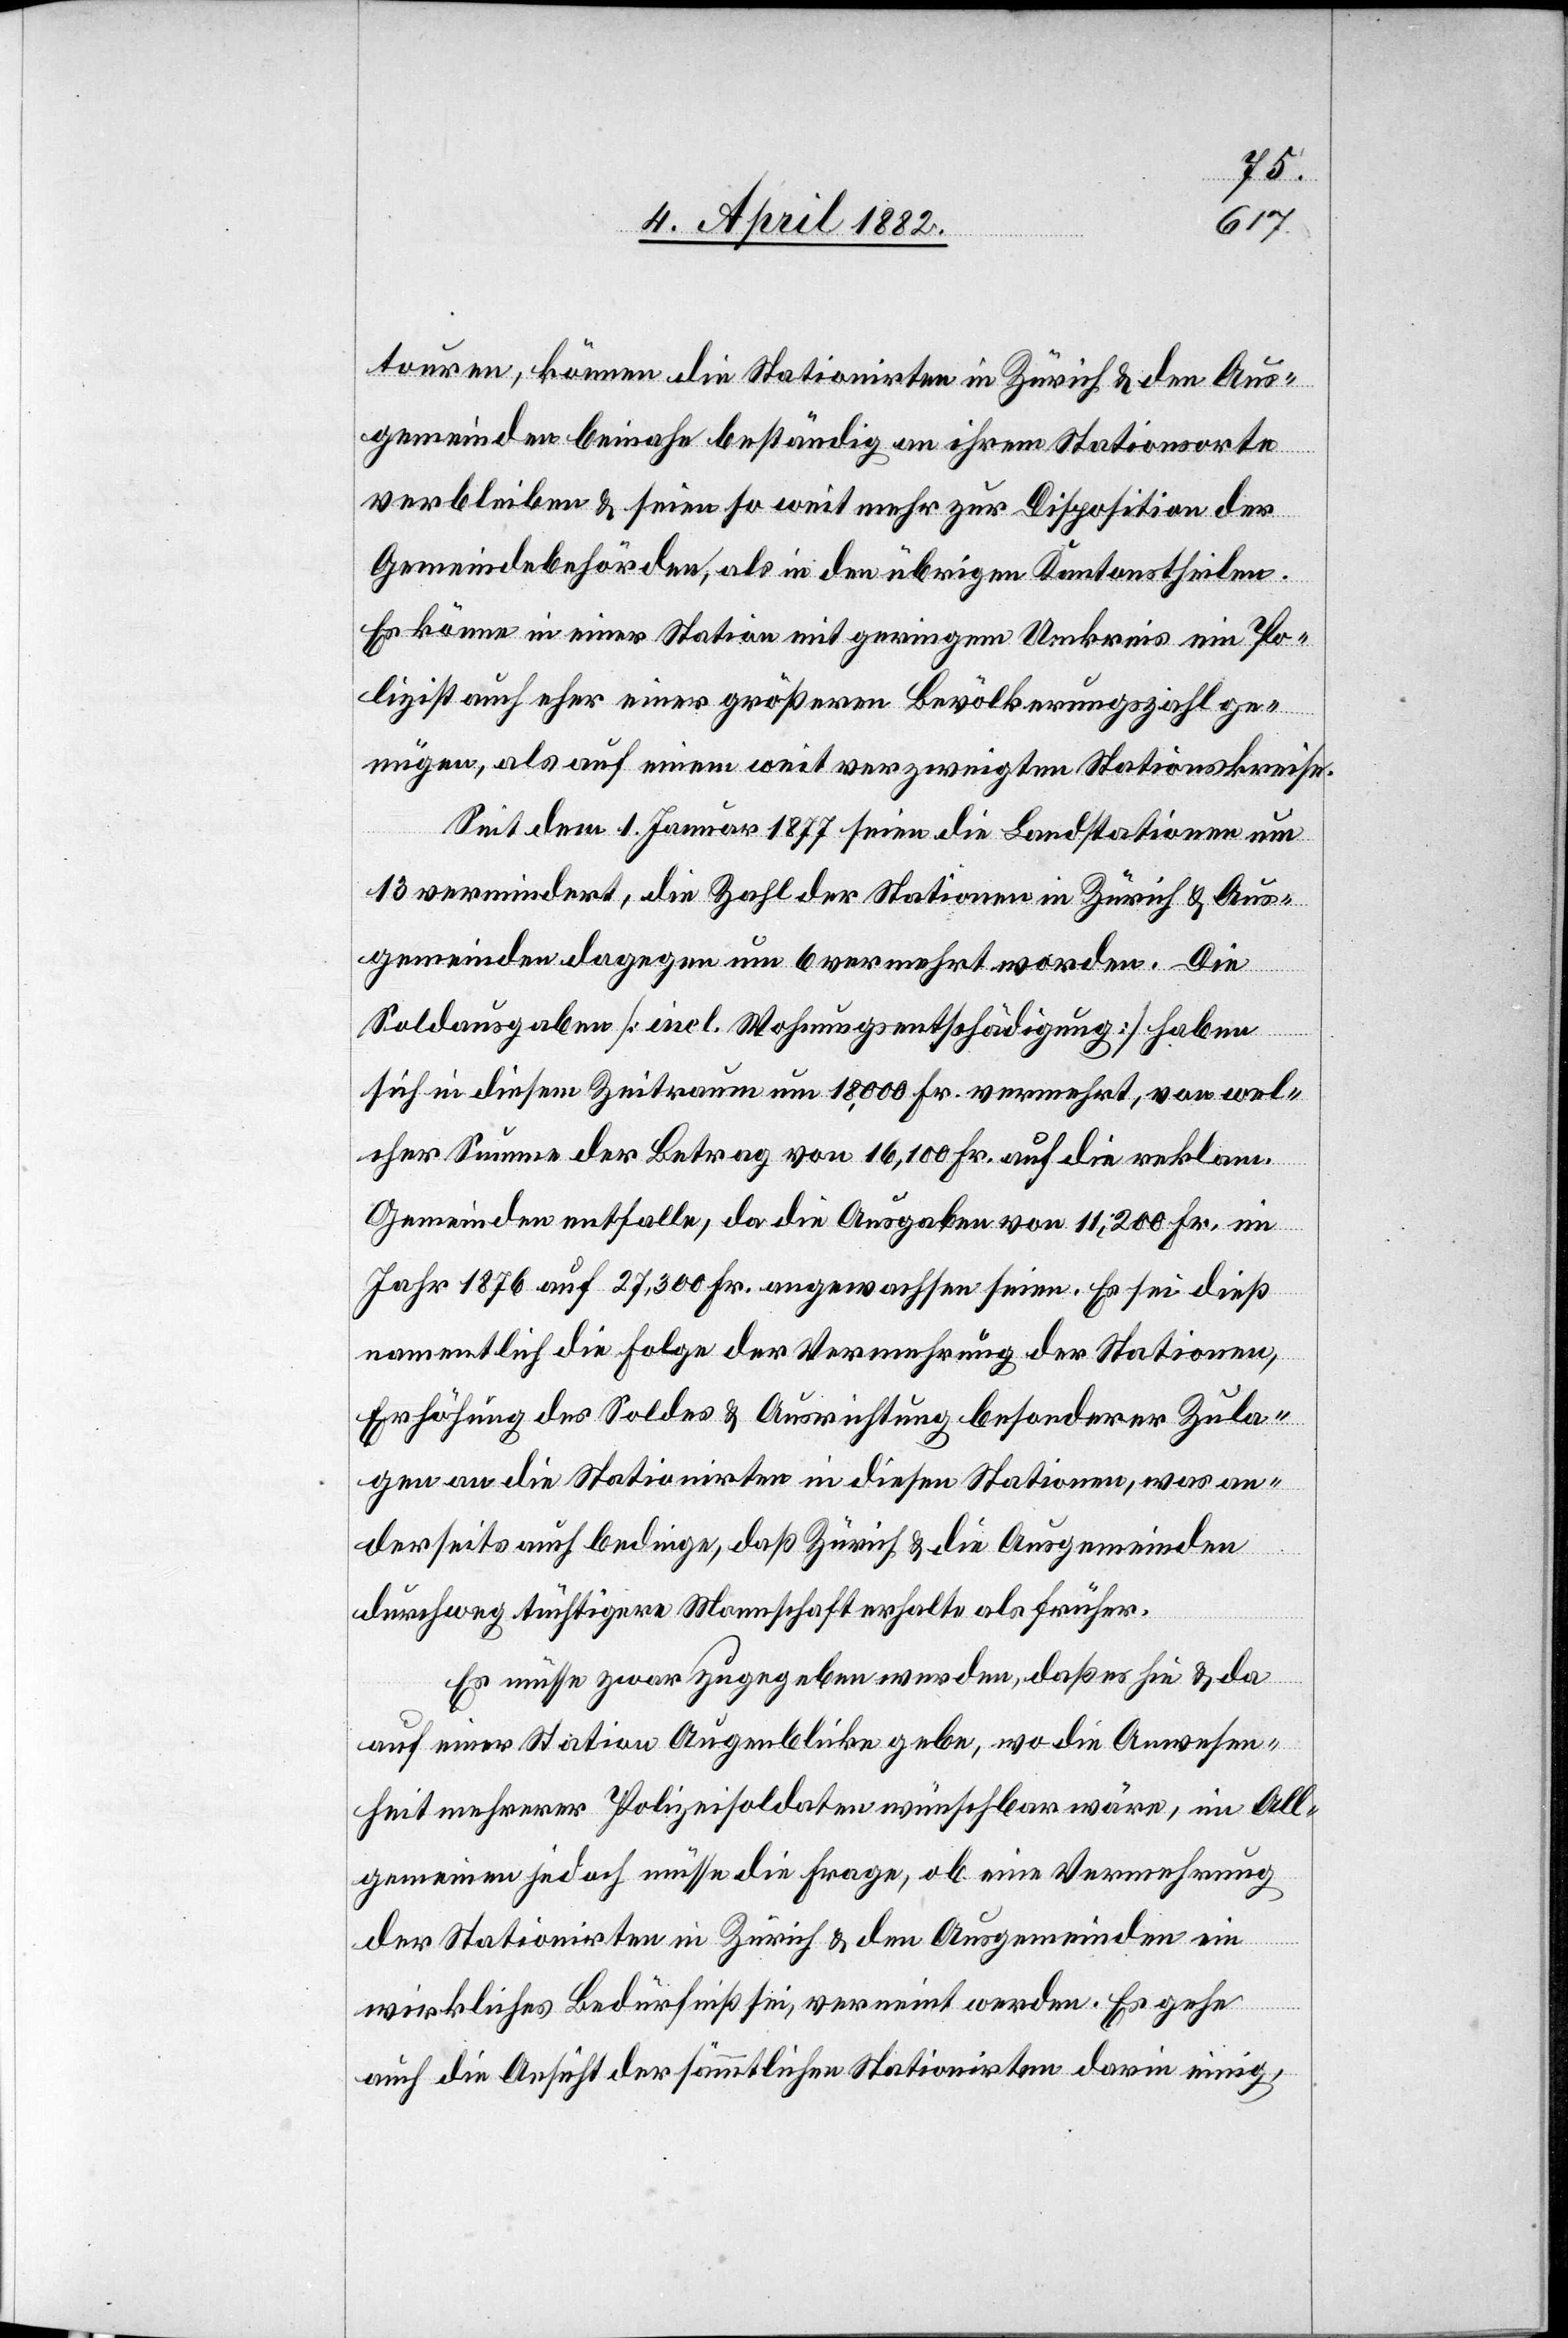
touren, können die Stationirten in Zürich & den Aus¬
gemeinden beinahe beständig an ihrem Stationsorte
verbleiben & seien so weit mehr zur Disposition der
Gemeindebehörden, als in den übrigen Kantonstheilen.
Es könne in einer Station mit geringem Umkreis ein Po¬
lizist auch eher einer größeren Bevölkerungszahl ge¬
nügen, als auf einem weit verzweigten Stationskreise.
Seit dem 1. Januar 1877 seien die Landstationen um
13 vermindert, die Zahl der Stationen in Zürich & Aus¬
gemeinden dagegen um 6 vermehrt worden. Die
Soldausgaben [incl. Wohnungsentschädigung] haben
sich in diesem Zeitraum um 18,000 Fr. vermehrt, von wel¬
cher Summe der Betrag von 16,100 Fr. auf die reklam.
Gemeinden entfalle, da die Ausgaben von 11,200 Fr. im
Jahr 1876 auf 27,300 Fr. angewachsen seien. Es sei dieß
namentlich die Folge der Vermehrung der Stationen,
Erhöhung des Soldes & Ausrichtung besonderer Zula¬
gen an die Stationirten in diesen Stationen, was an¬
derseits auch bedinge, daß Zürich & die Ausgemeinden
durchweg tüchtigere Mannschaft erhalte als früher.
Es müsse zwar zugegeben werden, daß es hie & da
auf einer Station Augenblicke gebe, wo die Anwesen¬
heit mehrerer Polizeisoldaten wünschbar wäre, im All¬
gemeinen jedoch müsse die Frage, ob eine Vermehrung
der Stationirten in Zürich & den Ausgemeinden ein
wirkliches Bedürfniß sei, verneint werden. Es gehe
auch die Ansicht der sämmtlichen Stationirten darin einig,